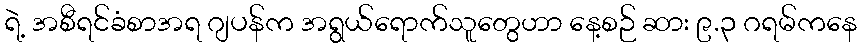
ရဲ့ အစီရင်ခံစာအရ ဂျပန်က အရွယ်ရောက်သူတွေဟာ နေ့စဉ် ဆား ၉.၃ ဂရမ်ကနေ